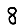
Digit: 8